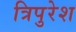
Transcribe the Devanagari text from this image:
त्रिपुरेश